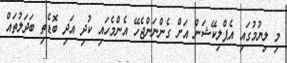
މި ލިޔުމުގައި އެޕްލިކޭޝަން އަށް ގެންނަންޖެހޭ އެންމެހައި ކުދި އަދި ބޮޑެތި ބަދަލުތައް